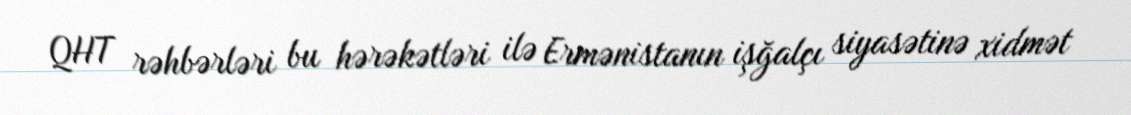
QHT rəhbərləri bu hərəkətləri ilə Ermənistanın işğalçı siyasətinə xidmət